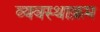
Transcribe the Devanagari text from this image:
व्यवस्थाक्रम